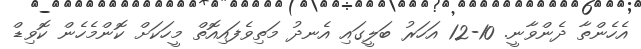
އެހެންތާ ދެންވާނީ. 10-12 އަހަރު ބަލީގައި އެނދު މަތިވެފައިއޮތް މީހަކަށް ކޮންމެހެން ކޮވިޑް